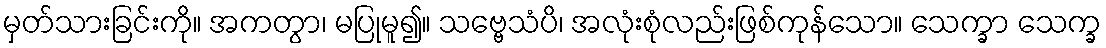
မှတ်သားခြင်းကို။ အကတွာ၊ မပြုမူ၍။ သဗ္ဗေသံပိ၊ အလုံးစုံလည်းဖြစ်ကုန်သော။ သေက္ခာ သေက္ခ